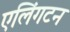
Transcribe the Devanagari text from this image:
एलिंगटन